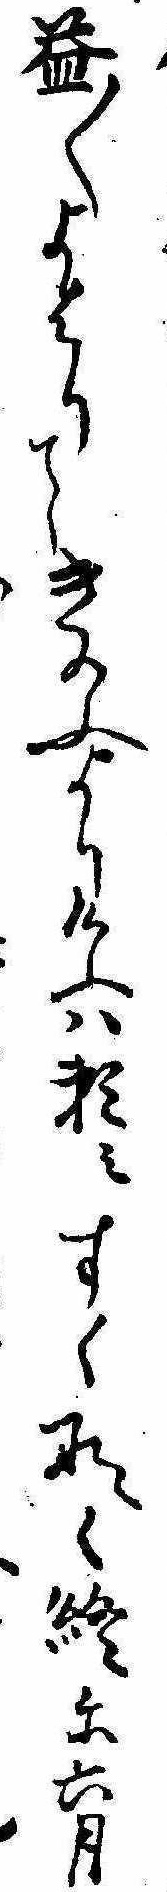
益〱よはりてきのふよりけふは頼みすくなく終に六月